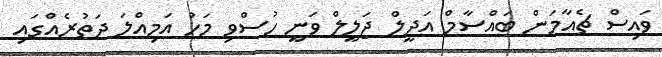
ވައިސް ޗެއާމަން ބައްސާމް އަދީލް ޖަލީލް ވަނީ ހުސްވި މަހު އަމިއްލަ ދަތުރެއްގައި